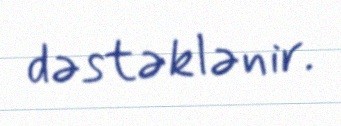
dəstəklənir.